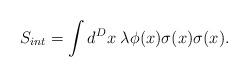
LaTeX: \begin{align*}S_{int} = \int d^D x \; \lambda \phi(x) \sigma(x) \sigma(x).\end{align*}